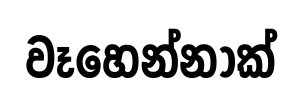
වෑහෙන්නාක්